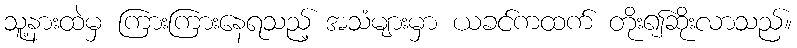
သူ့နားထဲမှ ကြားကြားနေရသည့် အသံများမှာ ယခင်ကထက် တိုး၍ဆိုးလာသည်။